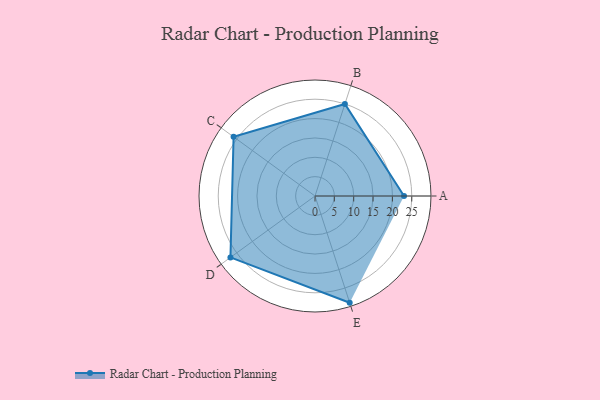
{"axis": {"x": "Skill", "y": "Score"}, "legend": ["Profile"], "data": [{"x": "A", "y": 23.0, "type": "Profile"}, {"x": "B", "y": 25.0, "type": "Profile"}, {"x": "C", "y": 26.0, "type": "Profile"}, {"x": "D", "y": 27.0, "type": "Profile"}, {"x": "E", "y": 29.0, "type": "Profile"}]}